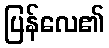
ပြန်လေ၏